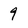
Character: 9